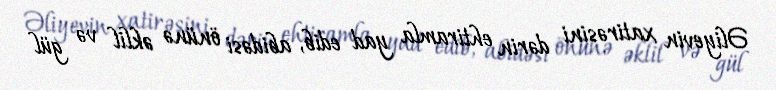
Əliyevin xatirəsini dərin ehtiramla yad edib, abidəsi önünə əklil və gül